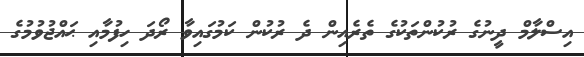
އިސްލާމް ދީނުގެ ރުކުންތަކުގެ ތެރެއިން ދެ ރުކުން ކަމުގައިވާ ރޯދަ ހިފުމާއި ޙައްޖުވުމުގެ